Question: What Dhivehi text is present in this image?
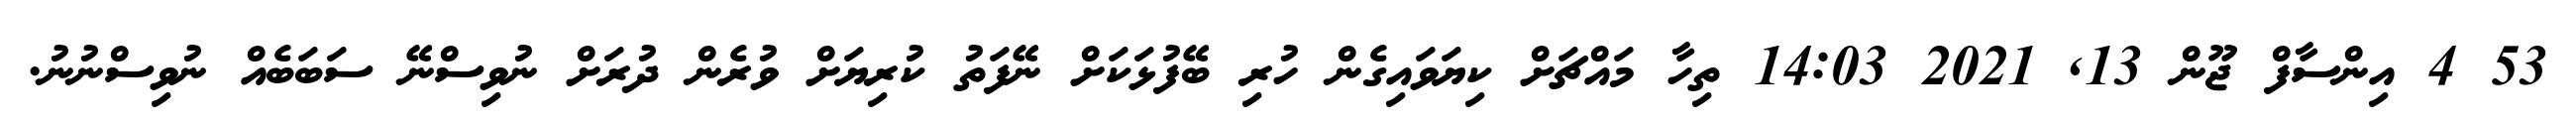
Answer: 53 4 އިންސާފް ޖޫން 13, 2021 14:03 ތިހާ މައްޗަށް ކިޔަވައިގެން ހުރި ބޭފުޅަކަށް ނޭފަތު ކުރިޔަށް ވުރެން ދުރަށް ނުވިސްނޭ ސަބަބެއް ނުވިސްނުނު.